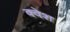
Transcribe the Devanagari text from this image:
क्वेश